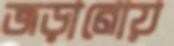
জড়ানোয়